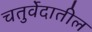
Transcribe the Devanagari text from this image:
चतुर्वेदातील